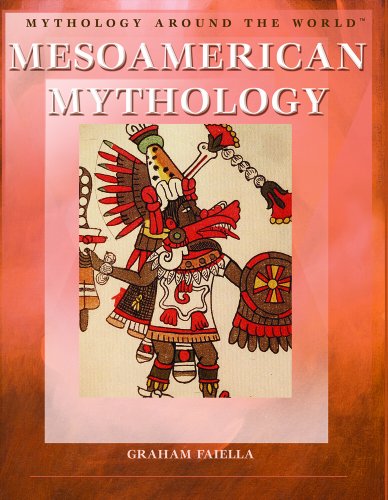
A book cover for Mesoamerican Mythology (Mythology Around the World); Graham Faiella; Children's Books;